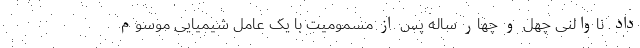
داد. ناوالنی چهل و چهار ساله پس از مسمومیت با یک عامل شیمیایی موسوم